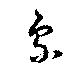
象